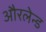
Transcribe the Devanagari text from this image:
औरलेन्ड